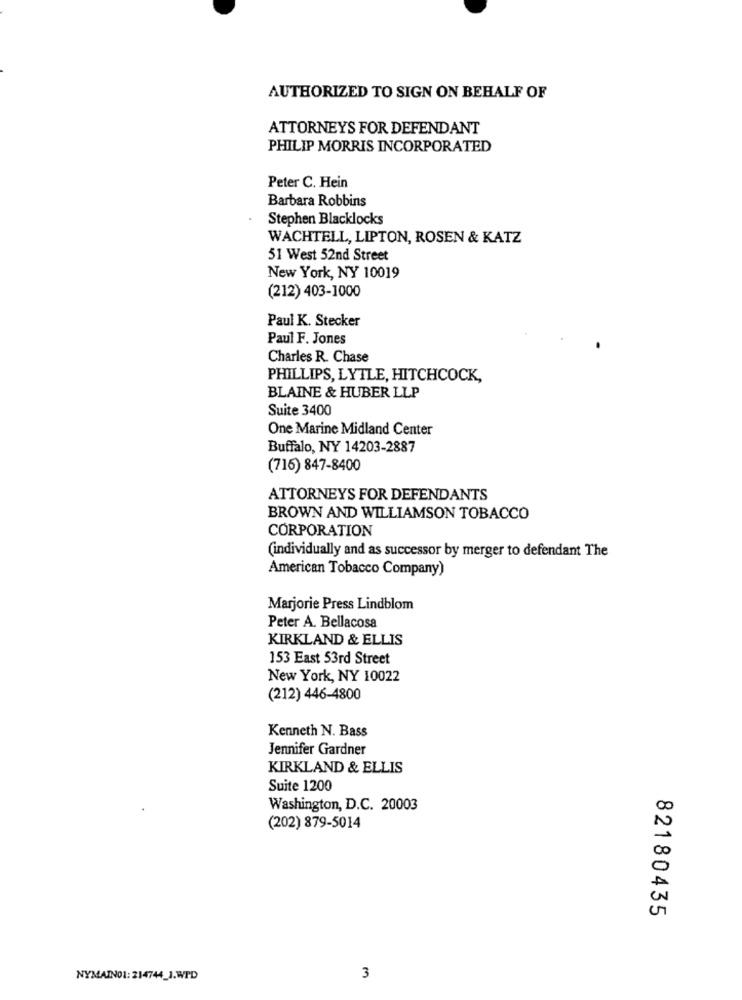
AUTHORIZED TO SIGN ON BEHALF OF
ATTORNEYS FOR DEFENDANT
PHILIP MORRIS INCORPORATED
Peter C. Hein
Barbara Robbins
Stephen Blacklocks
WACHTELL, LIPTON, ROSEN & KATZ
51 West 52nd Street
New York, NY 10019
(212) 403-1000
Paul K. Stecker
Paul F. Jones
Charles R. Chase
PHILLIPS, LYTLE, HITCHCOCK,
BLAINE & HUBER LLP
Suite 3400
One Marine Midland Center
Buffalo, NY 14203-2887
(716) 847-8400
ATTORNEYS FOR DEFENDANTS
BROWN AND WILLIAMSON TOBACCO
CORPORATION
(individually and as successor by merger to defendant The
American Tobacco Company)
Marjorie Press Lindblom
Peter A. Bellacosa
KIRKLAND & ELLIS
153 East 53rd Street
New York, NY 10022
(212) 446-4800
Kenneth N. Bass
Jennifer Gardner
KIRKLAND & ELLIS
Suite 1200
Washington, D.C. 20003
(202) 879-5014
82180435
NYMAIN01: 214744_1.WPD
3